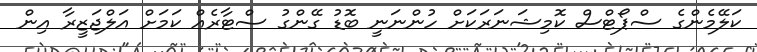
ކަލޭމެންގެ ސްޕޯޓްސް ކޮމިޝަނަރަކަށް ހުންނަނީ ބޮޑު ގޭންގު ސްޓާރެއް ކަމަށް އަލްޖަޒީރާ އިން